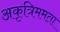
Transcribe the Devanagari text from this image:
अकृत्रिममता